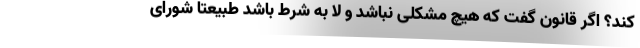
کند؟ اگر قانون گفت که هیچ مشکلی نباشد و لا به شرط باشد طبیعتاً شورای